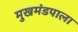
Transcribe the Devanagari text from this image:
मुखमंडपाला